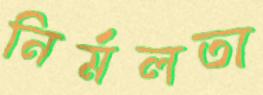
নির্মলতা